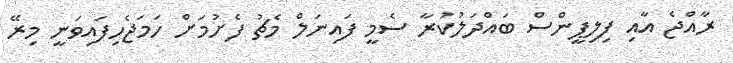
ރާއްޖެ އާއި ފިލިޕީންސް ބައްދަލުކުރާ ސެމީ ފައިނަލް މެޗު ފެށުމަށް ހަމަޖެހިފައިވަނީ މިރޭ